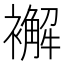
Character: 𧞊